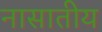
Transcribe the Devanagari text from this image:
नासातीय